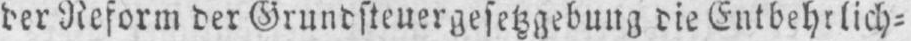
der Reform der Grundsteuergesetzgebung die Entbehrlich⸗